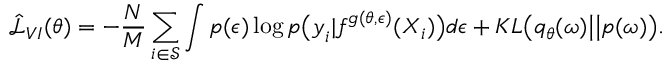
\hat { \mathcal { L } } _ { V I } ( \theta ) = - \frac { N } { M } \sum _ { i \in \mathcal { S } } \int p ( \boldsymbol { \epsilon } ) \log p \big ( \boldsymbol { y } _ { i } | \boldsymbol { f } ^ { g ( \theta , \boldsymbol { \epsilon } ) } ( \boldsymbol { X } _ { i } ) \big ) d \boldsymbol { \epsilon } + K L \big ( q _ { \theta } ( \boldsymbol { \omega } ) \big | \big | p ( \boldsymbol { \omega } ) \big ) .